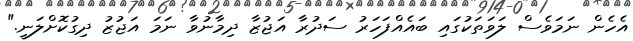
އެހެން ނަމަވެސް ލަވަތަކުގައި ބައެއްފަހަރު ސަދުރާ އަޖުޒާ ދިމާނުވާ ނަމަ އަޖުޒު ދިގުކޮށްލަނީ."